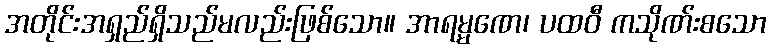
အတိုင်းအရှည်ရှိသည်မလည်းဖြစ်သော။ အာရမ္မဏေ၊ ပထဝီ ကသိုဏ်းစသော